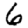
Digit: 6